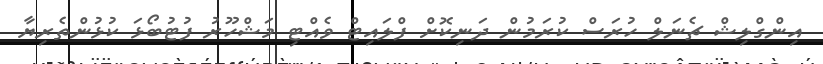
އިންގްލިޝް ޗެނަލް ހުރަސް ކުރަމުން ދަނިކޮށް ފްލައިޓް ވެއްޓި މަޝްހޫރު ފުޓުބޯޅަ ކުޅުންތެރިޔާ